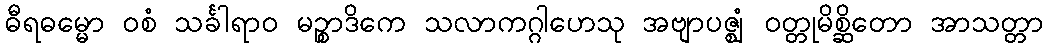
ဓီရဓမ္မော ဝစံ သင်္ခါရာဝ မဉ္စာဒိကေ သလာကဂ္ဂါဟေသု အဗျာပဇ္ဈံ ဝတ္တုမိစ္ဆိတော အာသတ္တာ